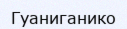
Гуаниганико